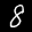
Label: 8